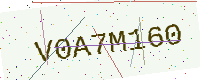
Text: V0A7M160